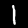
Label: 1